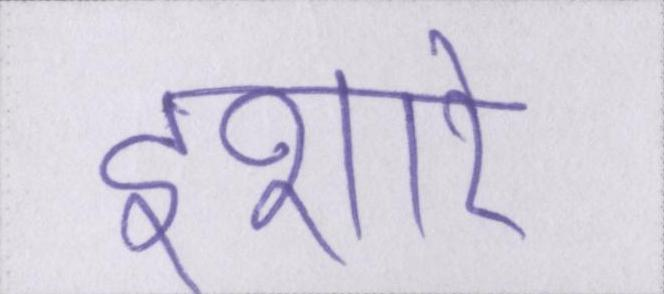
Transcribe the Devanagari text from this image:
इशारे